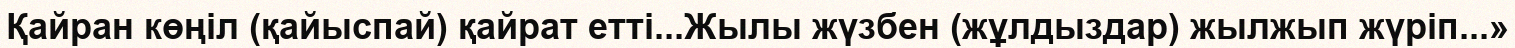
Қайран көңіл (қайыспай) қайрат етті...Жылы жүзбен (жұлдыздар) жылжып жүріп...»